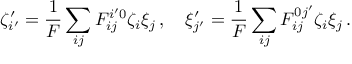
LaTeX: \zeta _ { i ^ { \prime } } ^ { \prime } = \frac { 1 } { F } \sum _ { i j } F _ { i j } ^ { i ^ { \prime } 0 } \zeta _ { i } \xi _ { j } \, , \quad \xi _ { j ^ { \prime } } ^ { \prime } = \frac { 1 } { F } \sum _ { i j } F _ { i j } ^ { 0 j ^ { \prime } } \zeta _ { i } \xi _ { j } \, .